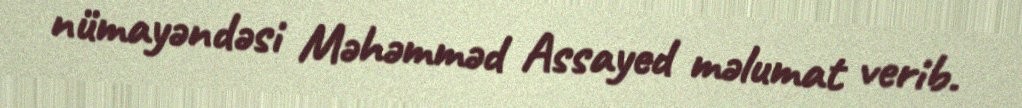
nümayəndəsi Məhəmməd Assayed məlumat verib.